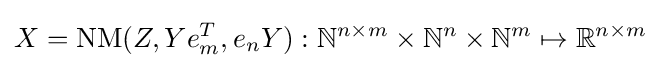
X={\text{NM}}(Z,Ye_{m}^{T},e_{n}Y):\mathbb {N} ^{n\times m}\times \mathbb {N} ^{n}\times \mathbb {N} ^{m}\mapsto \mathbb {R} ^{n\times m}